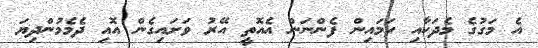
އެ މަގުގެ މެދަކާއި ހަމައިން ފެންނަން އެއޮތީ އޭރު ވަށައިގެން އޮއި ދެމެމުންދިޔަ